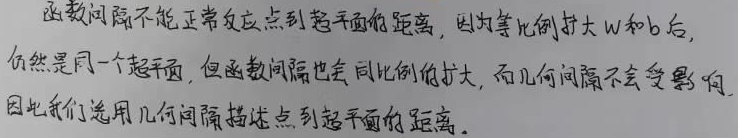
函数间隔不能正常反应点到超平面的距离，因为等比例扩大\(W\)和\(b\)后，仍然是同一个超平面，但函数间隔也会同比例的扩大，而几何间隔不会受影响，因此我们选用几何间隔描述点到超平面的距离。